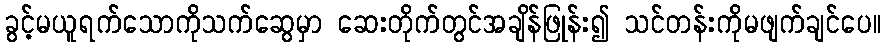
ခွင့်မယူရက်သောကိုသက်ဆွေမှာ ဆေးတိုက်တွင်အချိန်ဖြုန်း၍ သင်တန်းကိုမဖျက်ချင်ပေ။